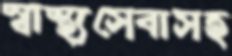
স্বাস্থ্যসেবাসহ